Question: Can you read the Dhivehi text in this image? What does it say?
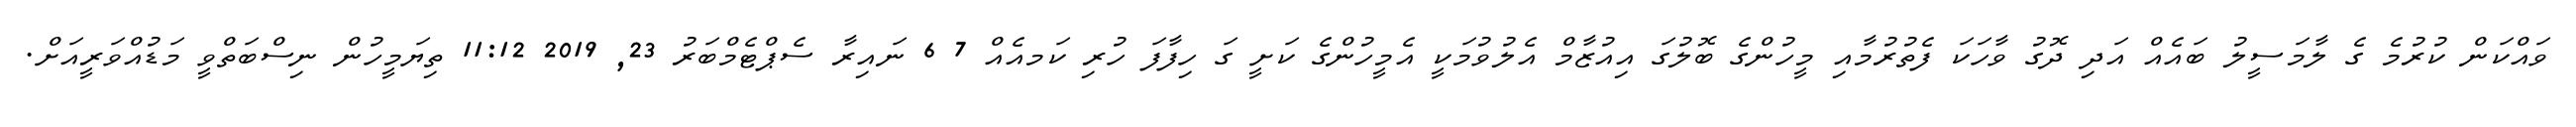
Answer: ވައްކަން ކުރުމެ ގެ ލާމަސީލު ބައެއް އަދި ދޮގު ވާހަކަ ފެތުރުމާއި މީހުންގެ ބޮލުގަ އިއުޒާމް އެލުވުމަކީ އެމީހުންގެ ކަށީ ގަ ހިފާފަ ހުރި ކަމއެއް 7 6 ނައިރާ ސެޕްޓެމްބަރު 23, 2019 11:12 ތިޔަމީހުން ނިސްބަތްވީ މަޑުއްވަރީއަށް.